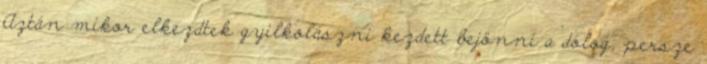
Aztán mikor elkezdtek gyilkolászni kezdett bejönni a dolog, persze